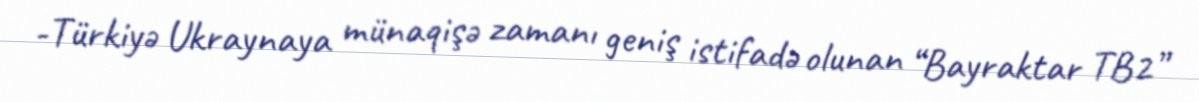
-Türkiyə Ukraynaya münaqişə zamanı geniş istifadə olunan “Bayraktar TB2”